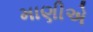
માણીએ